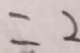
= 2